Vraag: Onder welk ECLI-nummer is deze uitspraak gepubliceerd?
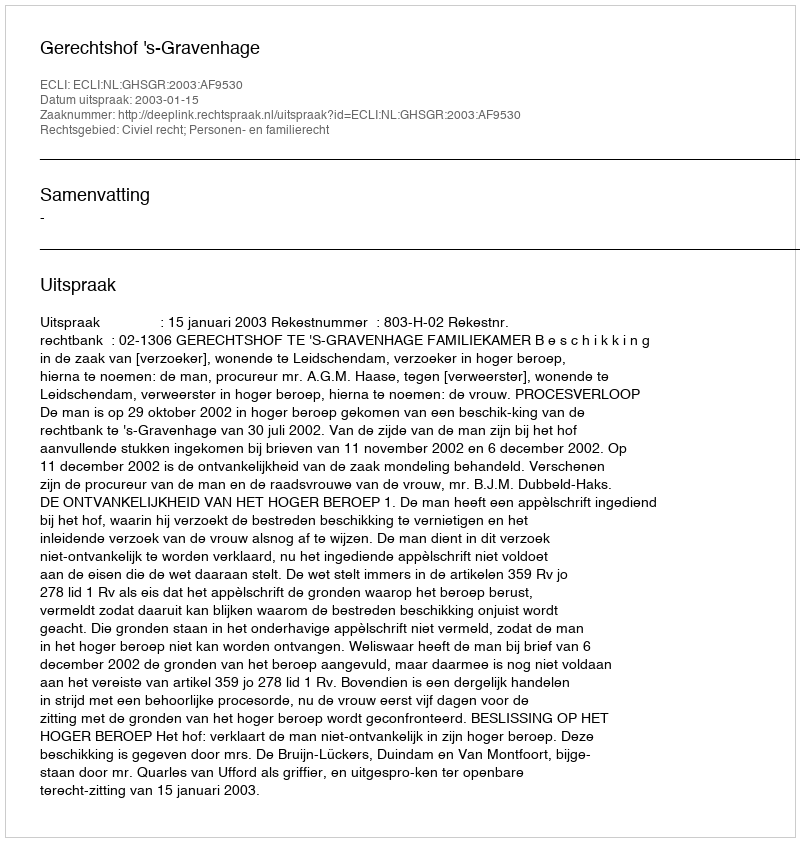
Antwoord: ECLI:NL:GHSGR:2003:AF9530